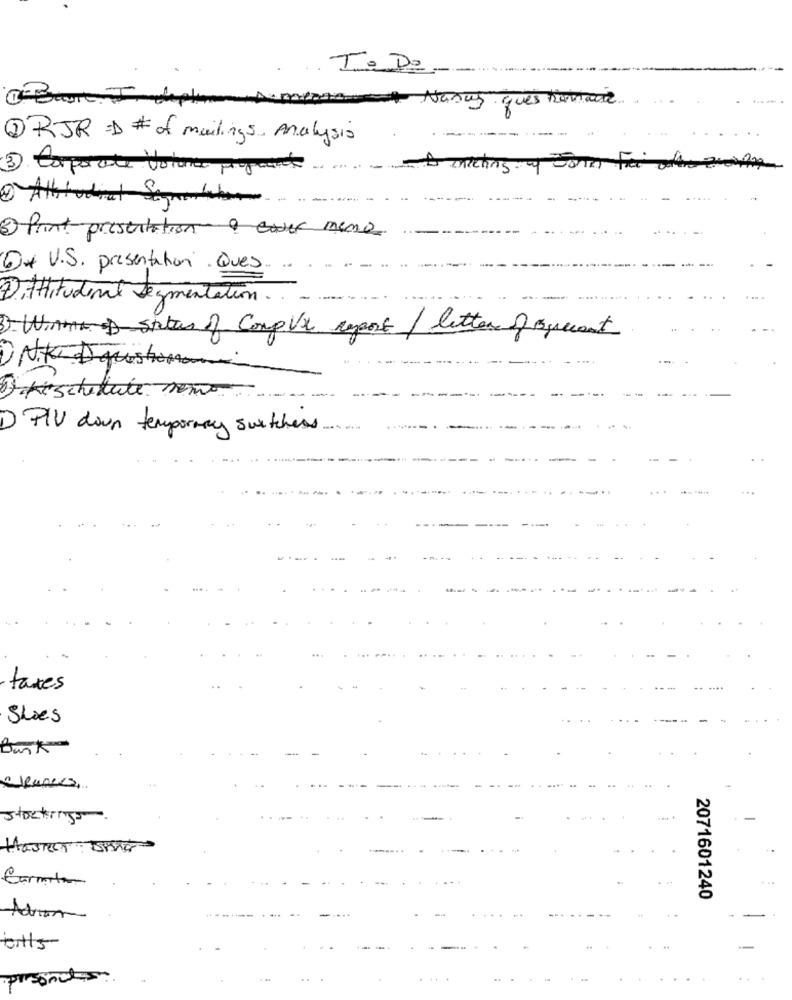
. To Do
@ Bort. I. dela A. messe + Nasus ques humane
1 RJR = # of mailings, Analysis
3 Corporate Votone proposets
2 Atthudral Sconstchar
2 Print presentation a car mene
1 + U.S. presentation. Ques.
Dittitudent Segmentation .. ....
3) Win status of Complex rapport/ letter of sqrecent
DNK D questoman
reschedule som
D PIU down temporary switches
...
taxes
Shoes
Bank
stockings.
HOSTET 5KG
Carmita
2071601240
bills